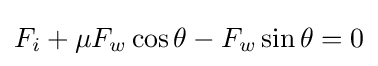
F_{i}+\mu F_{w}\cos \theta -F_{w}\sin \theta =0